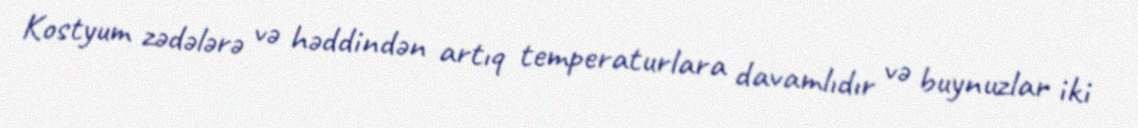
Kostyum zədələrə və həddindən artıq temperaturlara davamlıdır və buynuzlar iki